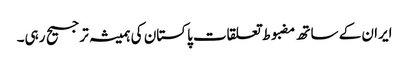
ایران کے ساتھ مضبوط تعلقات پاکستان کی ہمیشہ ترجیح رہی۔